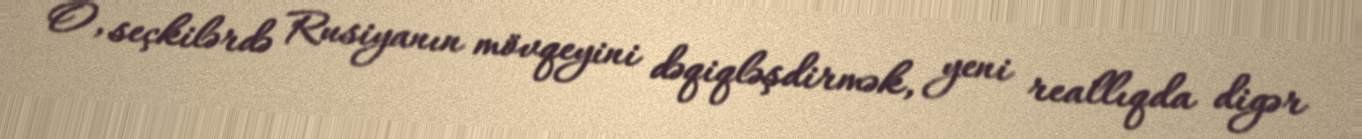
O, seçkilərdə Rusiyanın mövqeyini dəqiqləşdirmək, yeni reallıqda digər